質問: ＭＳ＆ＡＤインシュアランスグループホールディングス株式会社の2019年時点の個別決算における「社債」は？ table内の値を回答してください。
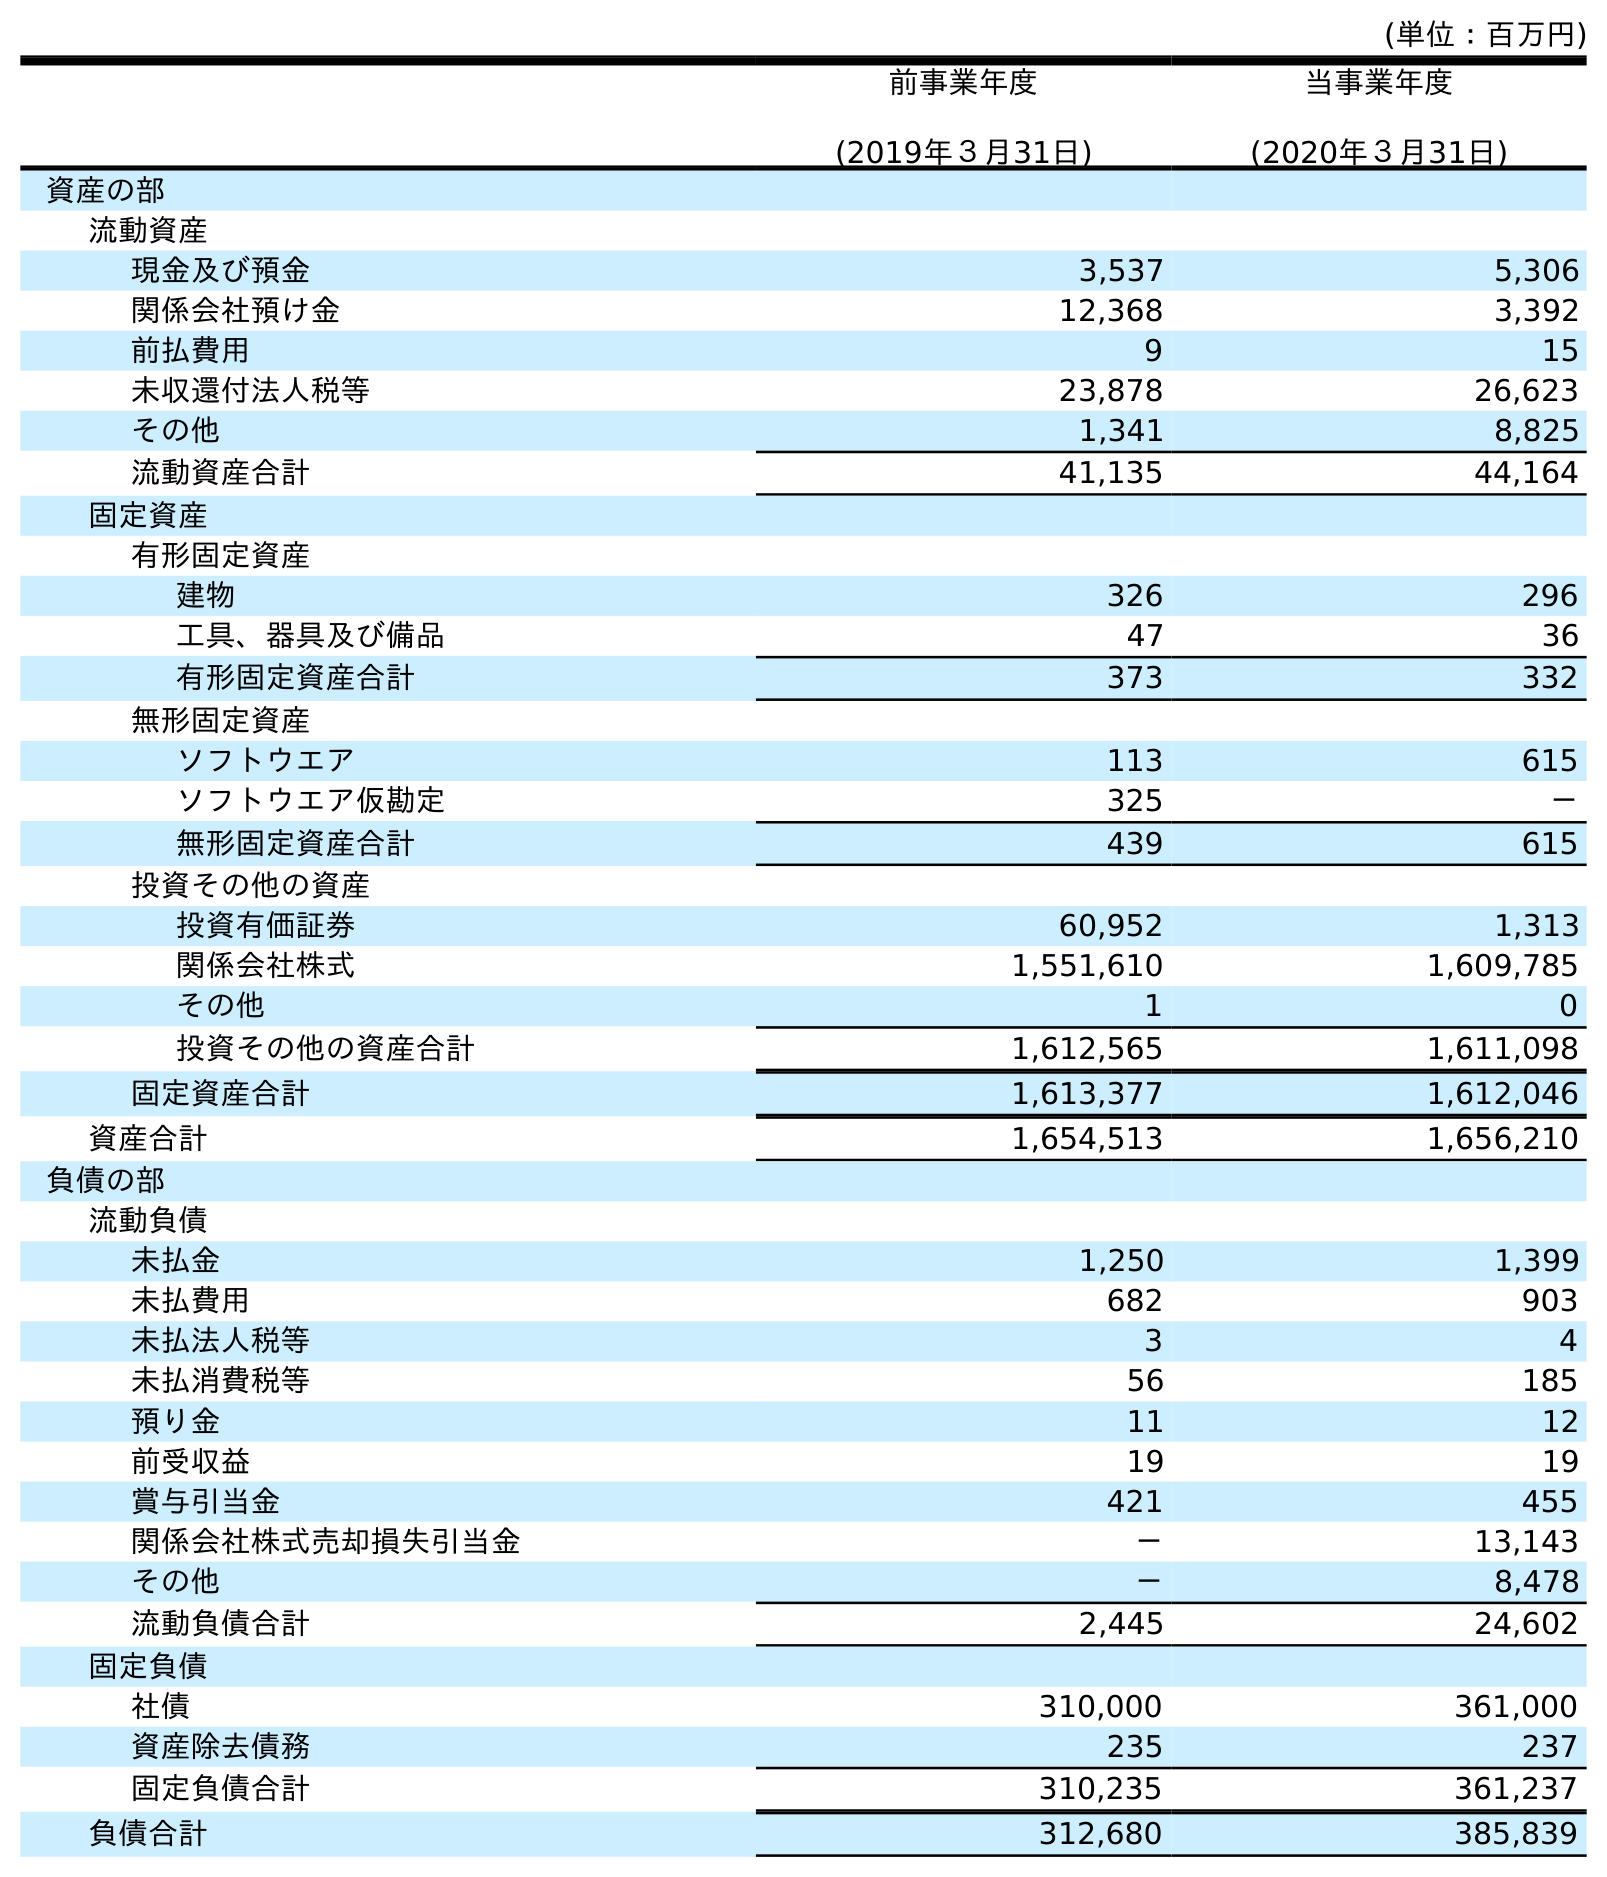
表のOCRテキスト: (単位：百万円) 前事業年度 (2019年３月31日) 当事業年度 (2020年３月31日) 資産の部 流動資産 現金及び預金 3,537 5,306 関係会社預け金 12,368 3,392 前払費用 9 15 未収還付法人税等 23,878 26,623 その他 1,341 8,825 流動資産合計 41,135 44,164 固定資産 有形固定資産 建物 326 296 工具、器具及び備品 47 36 有形固定資産合計 373 332 無形固定資産 ソフトウエア 113 615 ソフトウエア仮勘定 325 － 無形固定資産合計 439 615 投資その他の資産 投資有価証券 60,952 1,313 関係会社株式 1,551,610 1,609,785 その他 1 0 投資その他の資産合計 1,612,565 1,611,098 固定資産合計 1,613,377 1,612,046 資産合計 1,654,513 1,656,210 負債の部 流動負債 未払金 1,250 1,399 未払費用 682 903 未払法人税等 3 4 未払消費税等 56 185 預り金 11 12 前受収益 19 19 賞与引当金 421 455 関係会社株式売却損失引当金 － 13,143 その他 － 8,478 流動負債合計 2,445 24,602 固定負債 社債 310,000 361,000 資産除去債務 235 237 固定負債合計 310,235 361,237 負債合計 312,680 385,839
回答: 310,000